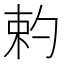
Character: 𠣩